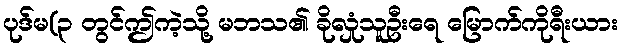
ပုဒ်မ(၃ တွင်ဤကဲ့သို့ မဘသ၏ ခိုလှုံသူဦးရေ မြောက်ကိုရီးယား